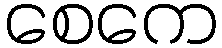
စေကေ